65_HS1-834228961_62-HQ-83894_Section_8
Agency: FBI
Page 39
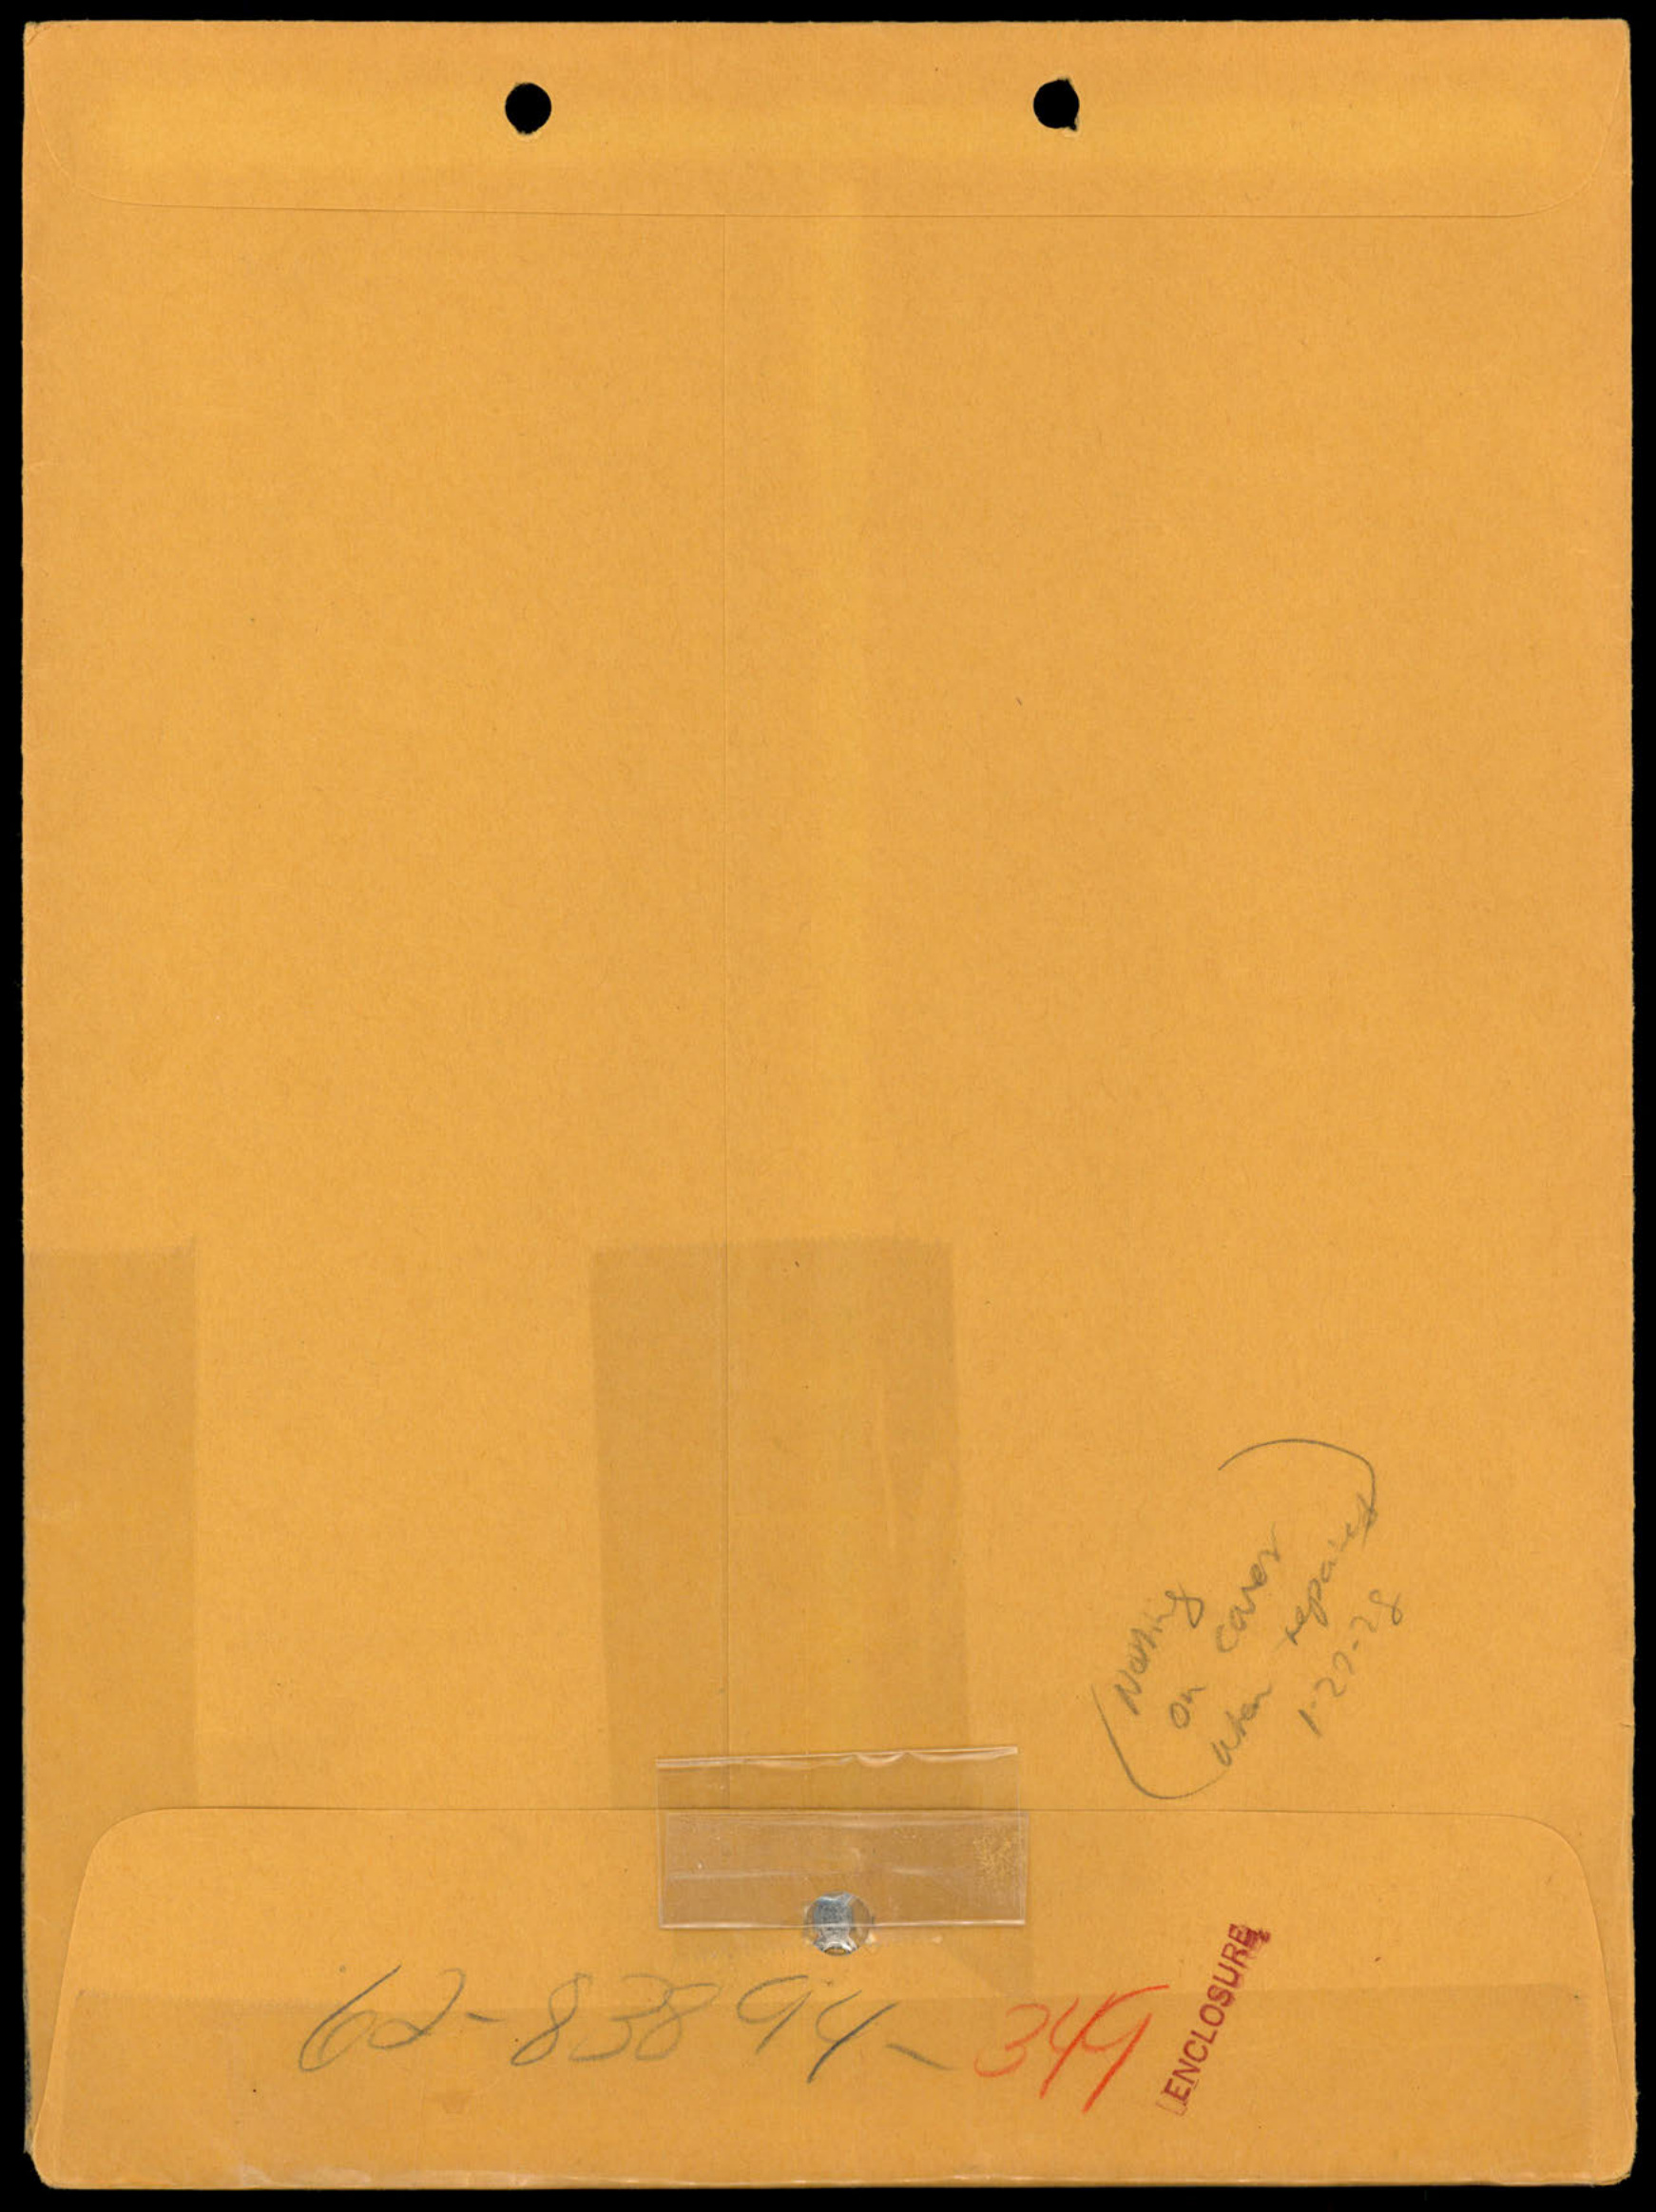